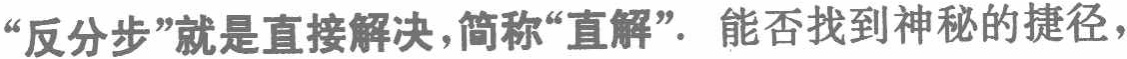
“反分步”就是直接解决，简称“直解”．能否找到神秘的捷径，